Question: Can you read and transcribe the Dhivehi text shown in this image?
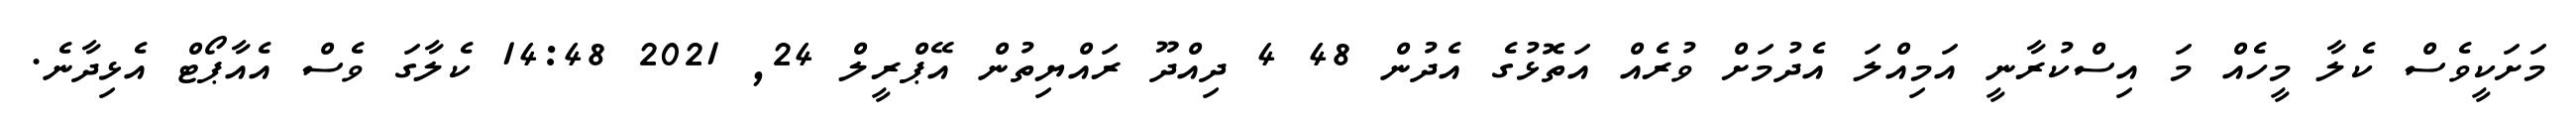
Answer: މަށަކީވެސް ކެލާ މީހެއް މަ އިސްކުރާނީ އަމިއްލަ އެދުމަށް ވުރެއް އަތޮޅުގެ އެދުން 48 4 ދިއްދޫ ރައްޔިތުން އޭޕްރީލް 24, 2021 14:48 ކެލާގަ ވެސް އެއާޕޯޓް އެޅިދާނެ.